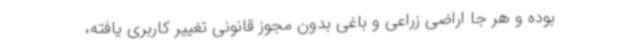
بوده و هر جا اراضی زراعی و باغی بدون مجوز قانونی تغییر کاربری یافته،